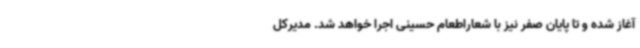
آغاز شده و تا پایان صفر نیز با شعاراطعام حسینی اجرا خواهد شد. مدیرکل